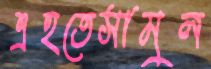
এহতেসামুল